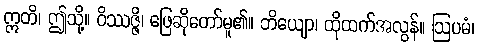
ဣတိ၊ ဤသို့။ ဝိဿဇ္ဇိ၊ ဖြေဆိုတော်မူ၏။ ဘိယျော၊ ထိုထက်အလွန်။ ဩပမံ၊